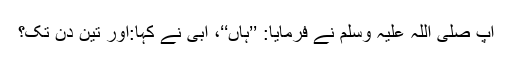
آپ صلی اللہ علیہ وسلم نے فرمایا: ’’ہاں‘‘، ابی نے کہا:اور تین دن تک؟